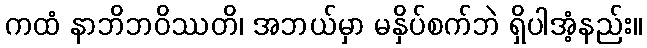
ကထံ နာဘိဘဝိဿတိ၊ အဘယ်မှာ မနှိပ်စက်ဘဲ ရှိပါအံ့နည်း။